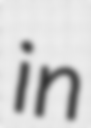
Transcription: in